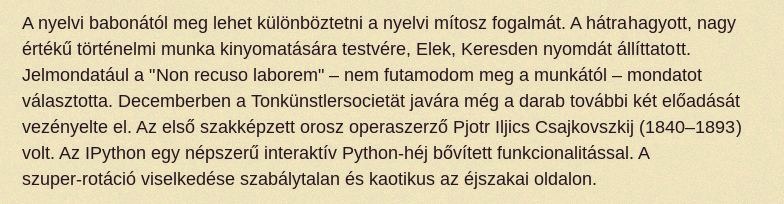
A nyelvi babonától meg lehet különböztetni a nyelvi mítosz fogalmát. A hátrahagyott, nagy értékű történelmi munka kinyomatására testvére, Elek, Keresden nyomdát állíttatott. Jelmondatául a "Non recuso laborem" – nem futamodom meg a munkától – mondatot választotta. Decemberben a Tonkünstlersocietät javára még a darab további két előadását vezényelte el. Az első szakképzett orosz operaszerző Pjotr Iljics Csajkovszkij (1840–1893) volt. Az IPython egy népszerű interaktív Python-héj bővített funkcionalitással. A szuper-rotáció viselkedése szabálytalan és kaotikus az éjszakai oldalon.